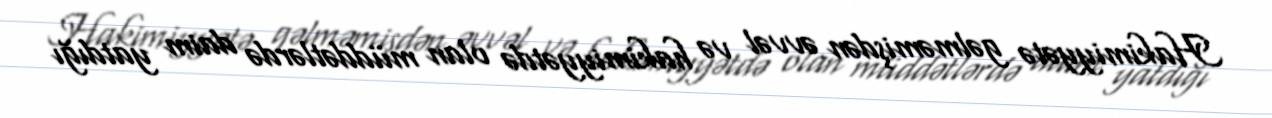
Hakimiyyətə gəlməmişdən əvvəl və hakimiyyətdə olan müddətlərdə daim yatdığı